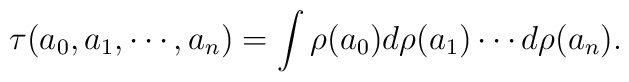
\tau(a_0,a_1,\cdots,a_n) = \int \rho(a_0) d\rho(a_1) \cdots d\rho(a_n).